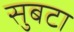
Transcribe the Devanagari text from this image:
सुबटा